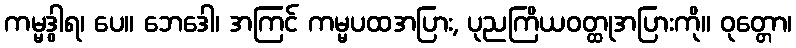
ကမ္မဒွါရ၊ ပေ။ ဘေဒေါ၊ အကြင် ကမ္မပထအပြား, ပုညကြိယဝတ္ထုအပြားကို။ ဝုတ္တော၊